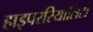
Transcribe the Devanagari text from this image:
हाइपररियालिटी